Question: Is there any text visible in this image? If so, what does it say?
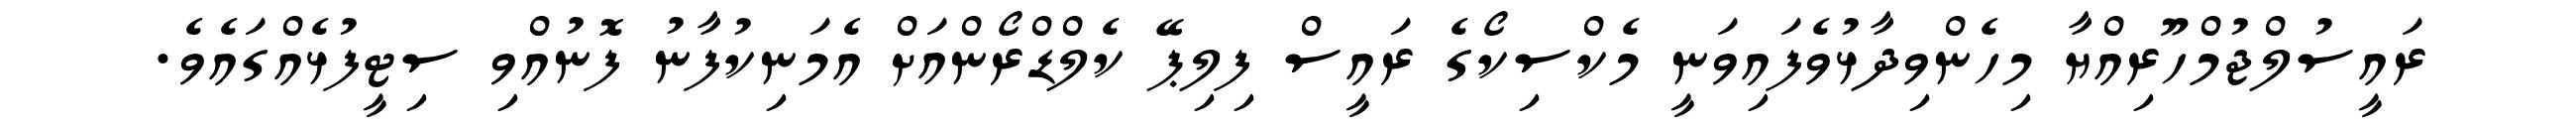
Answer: ރައީސުލްޖުމްހޫރިއްޔާ މިހެންވިދާޅުވެފައިވަނީ މެކްސިކޯގެ ރައީސް ފިލިޕޭ ކެލްޑްރޯންއަށް އެމަނިކުފާނު ފޮނުއްވި ސިޓީފުޅެއްގައެވެ.